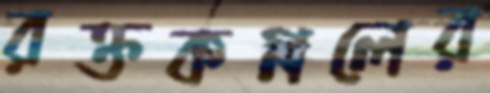
রক্তকমলের